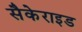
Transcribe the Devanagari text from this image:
सैकेराइड